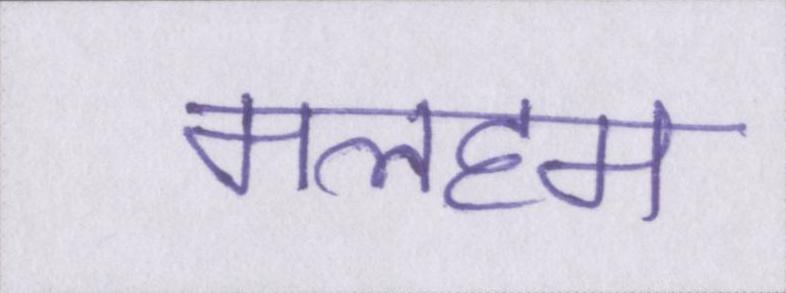
मलहम